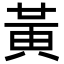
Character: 黃